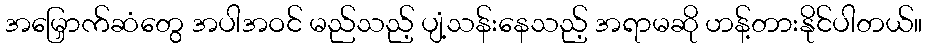
အမြှောက်ဆံတွေ အပါအဝင် မည်သည့် ပျံ့သန်းနေသည့် အရာမဆို ဟန့်တားနိုင်ပါတယ်။